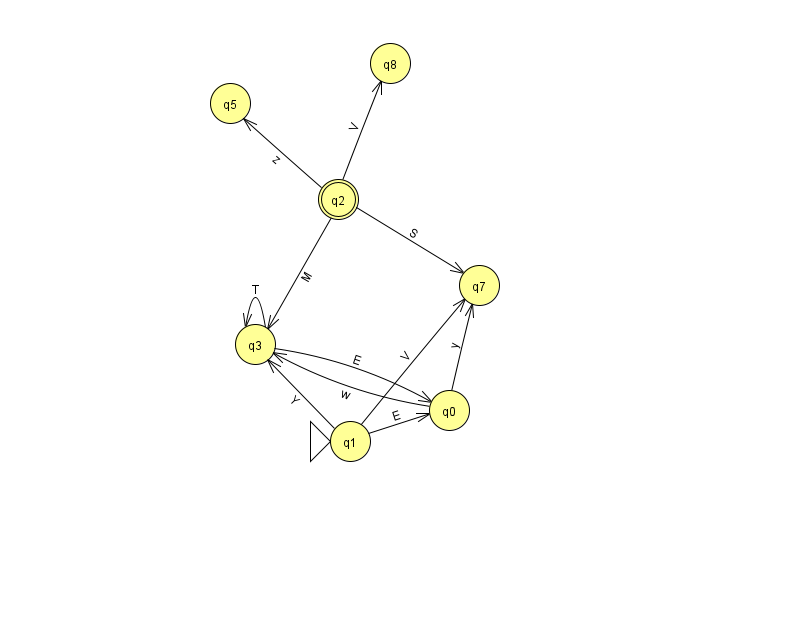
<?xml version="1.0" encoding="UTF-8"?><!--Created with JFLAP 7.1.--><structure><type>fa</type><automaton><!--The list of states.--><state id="0" name="q0"><x>449.0</x><y>397.0</y></state><state id="1" name="q1"><x>350.0</x><y>428.0</y><initial/></state><state id="2" name="q2"><x>338.0</x><y>186.0</y><final/></state><state id="3" name="q3"><x>255.0</x><y>331.0</y></state><state id="5" name="q5"><x>230.0</x><y>90.0</y></state><state id="7" name="q7"><x>479.0</x><y>272.0</y></state><state id="8" name="q8"><x>390.0</x><y>50.0</y></state><!--The list of transitions.--><transition><from>1</from><to>3</to><read>Y</read></transition><transition><from>2</from><to>3</to><read>M</read></transition><transition><from>2</from><to>8</to><read>V</read></transition><transition><from>0</from><to>3</to><read>w</read></transition><transition><from>3</from><to>3</to><read>T</read></transition><transition><from>3</from><to>0</to><read>E</read></transition><transition><from>2</from><to>5</to><read>z</read></transition><transition><from>0</from><to>7</to><read>y</read></transition><transition><from>1</from><to>7</to><read>V</read></transition><transition><from>2</from><to>7</to><read>S</read></transition><transition><from>1</from><to>0</to><read>E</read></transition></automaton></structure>